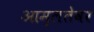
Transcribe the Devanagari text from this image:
आम्लतेवर